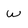
Character: w